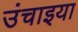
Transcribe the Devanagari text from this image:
उंचाइया